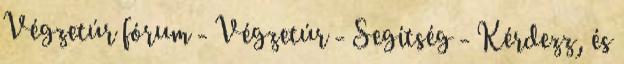
Végzetúr fórum - Végzetúr - Segítség - Kérdezz, és